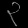
Digit: ၃